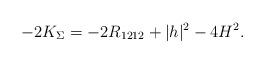
LaTeX: \begin{align*}-2K_{\Sigma}=-2R_{1212}+|h|^2-4H^2.\end{align*}